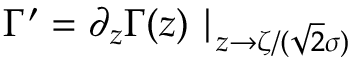
\Gamma ^ { \prime } = \partial _ { z } \Gamma ( z ) \mid _ { z \rightarrow \zeta / ( \sqrt { 2 } \sigma ) }